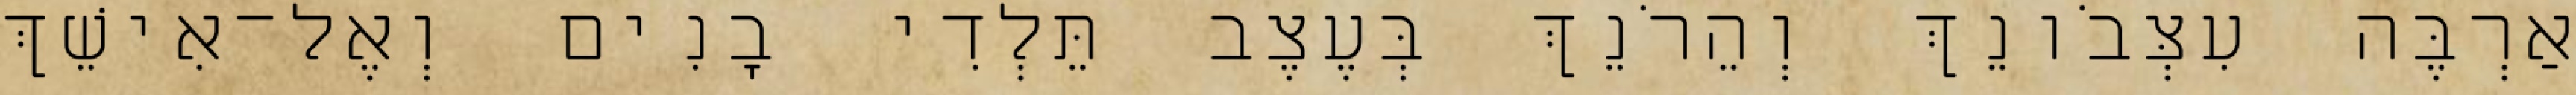
אַרְבֶּה עִצְּבֹונֵךְ וְהֵרֹנֵךְ בְּעֶצֶב תֵּלְדִי בָנִים וְאֶל־אִישֵׁךְ